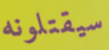
سيقتلونه